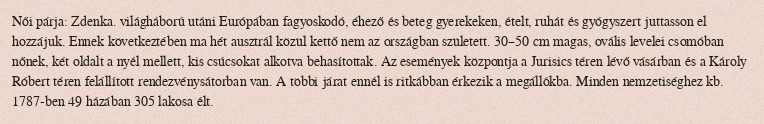
Női párja: Zdenka. világháború utáni Európában fagyoskodó, éhező és beteg gyerekeken, ételt, ruhát és gyógyszert juttasson el hozzájuk. Ennek következtében ma hét ausztrál közül kettő nem az országban született. 30–50 cm magas, ovális levelei csomóban nőnek, két oldalt a nyél mellett, kis csúcsokat alkotva behasítottak. Az események központja a Jurisics téren lévő vásárban és a Károly Róbert téren felállított rendezvénysátorban van. A többi járat ennél is ritkábban érkezik a megállókba. Minden nemzetiséghez kb. 1787-ben 49 házában 305 lakosa élt.